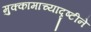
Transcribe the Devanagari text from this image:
मुक्कामाच्यादृष्टीने